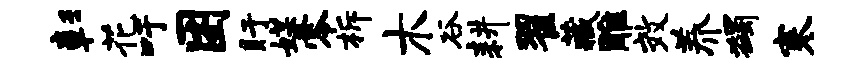
彰花吁困盱媒零柝木谷耕翟藏雕效养蠲寒